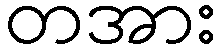
တအား